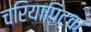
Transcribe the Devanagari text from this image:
चरियापिटक